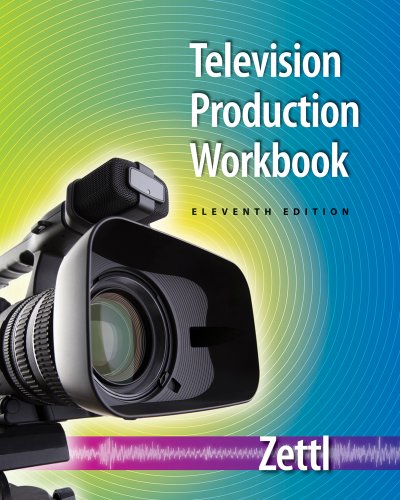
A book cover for Student Workbook for Zettl's Television Production Handbook, 11th (Wdasworth Series in Broadcast and Production); Herbert Zettl; Humor & Entertainment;